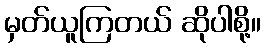
မှတ်ယူကြတယ် ဆိုပါစို့။